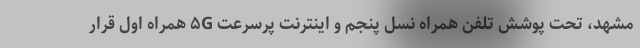
مشهد، تحت پوشش تلفن همراه نسل پنجم و اینترنت پرسرعت ۵G همراه اول قرار